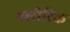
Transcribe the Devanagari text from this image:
ष्षरीरिक